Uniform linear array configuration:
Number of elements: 48
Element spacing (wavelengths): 0.5
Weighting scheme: cosine
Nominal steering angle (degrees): -45
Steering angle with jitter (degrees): -43.986
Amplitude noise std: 0.05
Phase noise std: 0.05

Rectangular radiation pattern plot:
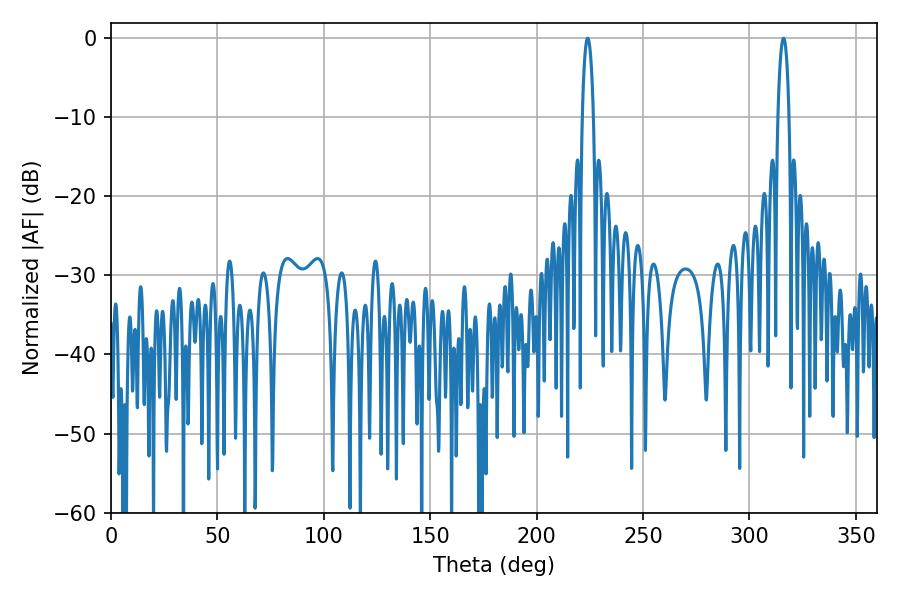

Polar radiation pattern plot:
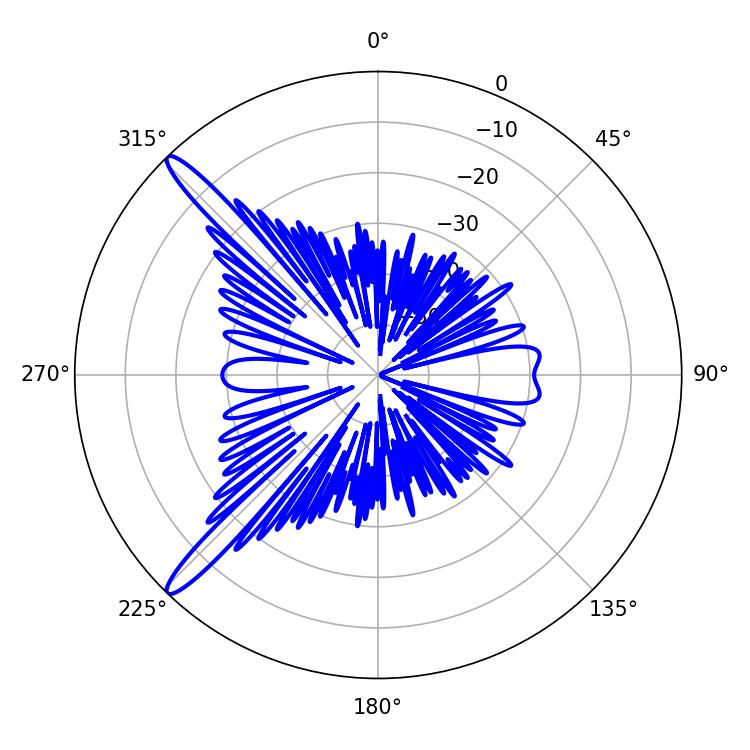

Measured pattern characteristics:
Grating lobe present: FALSE
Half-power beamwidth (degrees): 3.06
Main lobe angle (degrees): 223.92